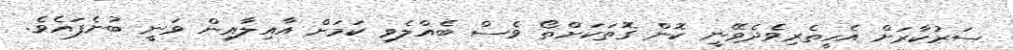
ސަރުކާރަށް އެހީތެރިވެދެވޭނީ ކޮން ގޮތަކަށްތޯ ވެސް ބެއްލެވި ކަމަށް އާއިލާއިން ވަނީ ބުނެފައެވެ.